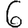
Digit: 6